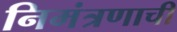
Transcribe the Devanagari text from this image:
निमंत्रणाची